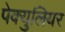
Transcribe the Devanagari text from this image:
पेक्युलियर